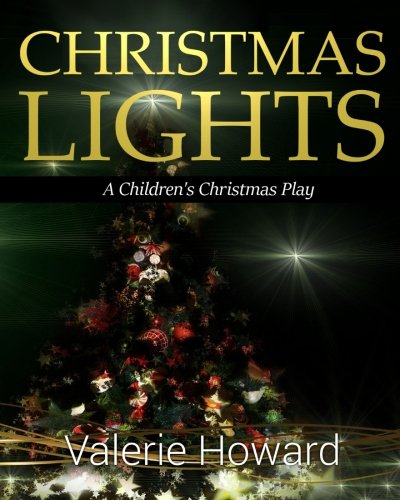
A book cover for Christmas Lights; Valerie Howard; Literature & Fiction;